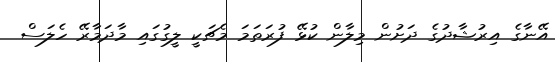
އޭނާގެ އިރުޝާދުގެ ދަށުން މިލާން ކުޅޭ ފުރަތަމަ މެޗަކީ ލީގުގައި މާދަމާރޭ ހެލަސް